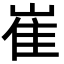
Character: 崔